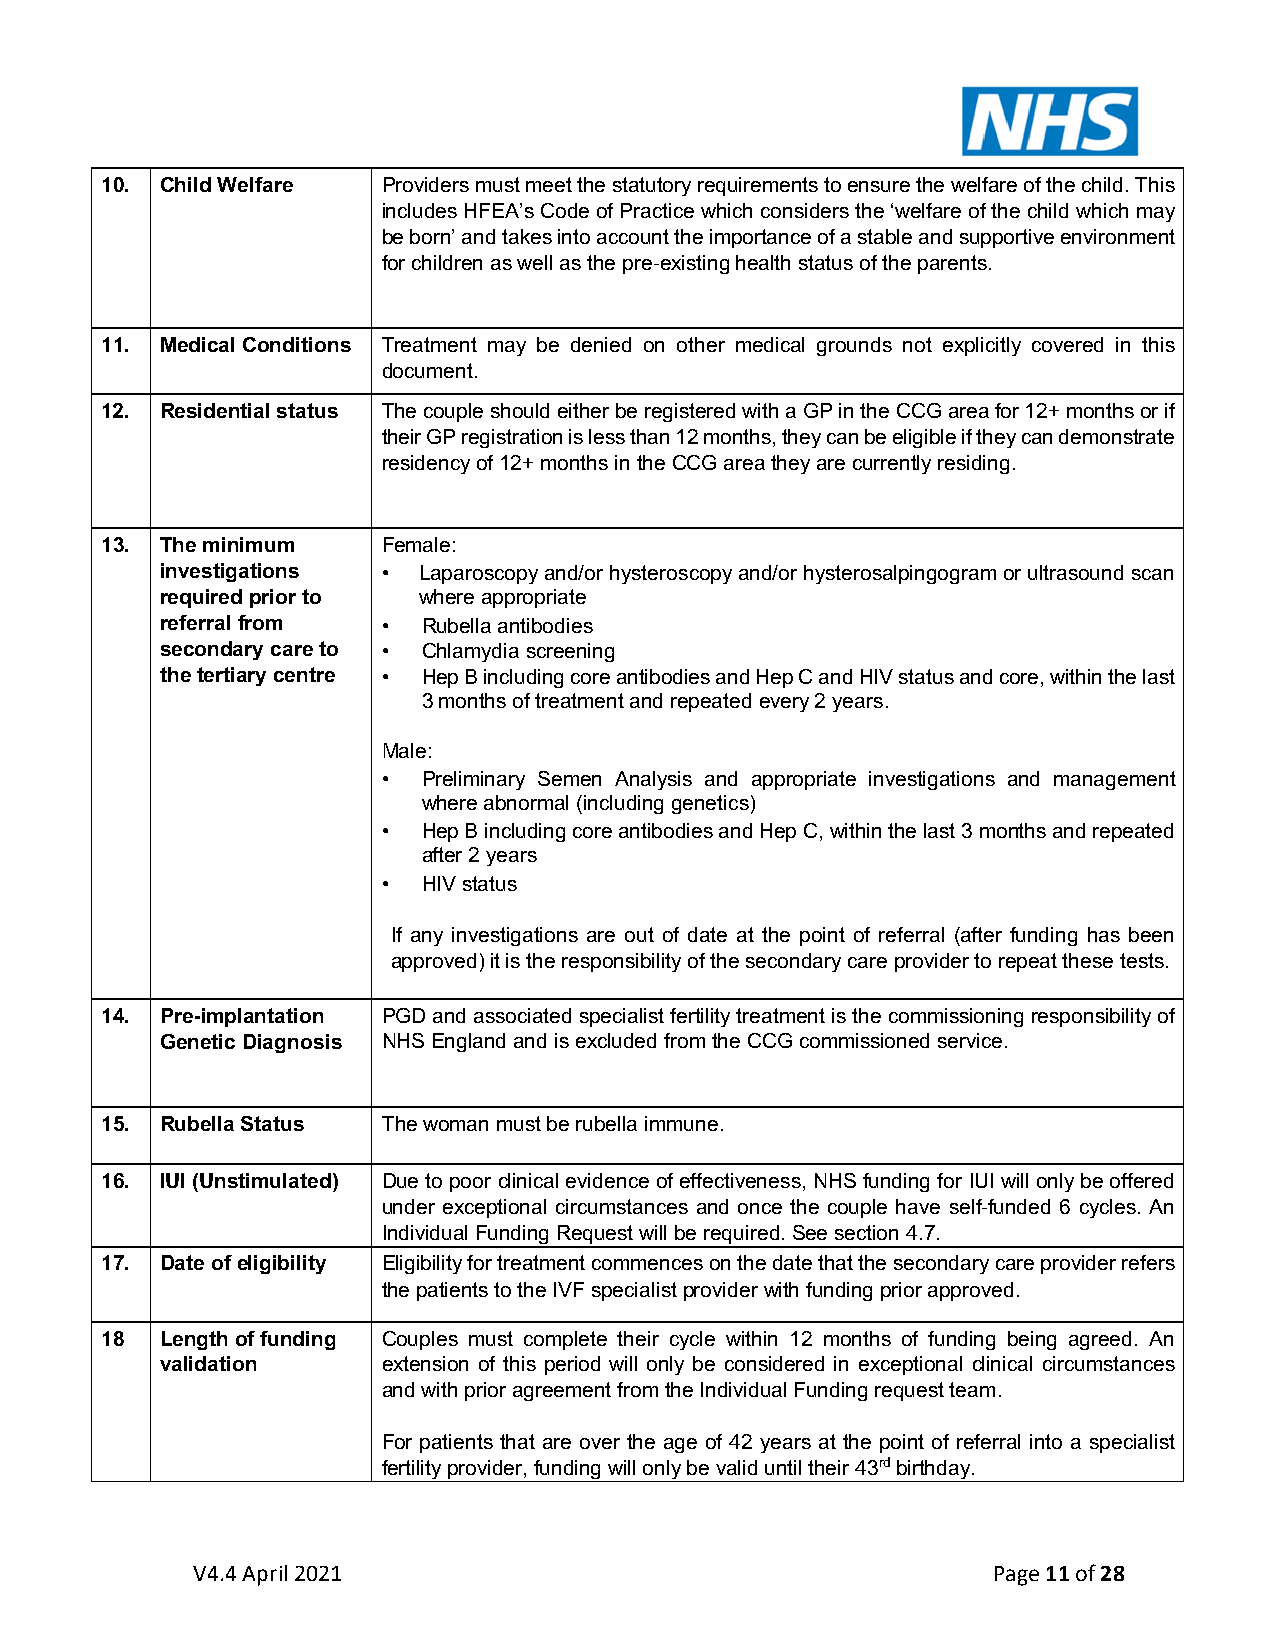
10. Child Welfare Providers must meet the statutory requirements to ensure the welfare of the child. This
 includes HFEA’s Code of Practice which considers the ‘welfare of the child which may
 be born’ and takes into account the importance of a stable and supportive environment
 for children as well as the pre-existing health status of the parents.
 11. Medical Conditions Treatment may be denied on other medical grounds not explicitly covered in this
 document.
 12. Residential status The couple should either be registered with a GP in the CCG area for 12+ months or if
 their GP registration is less than 12 months, they can be eligible if they can demonstrate
 residency of 12+ months in the CCG area they are currently residing.
 13. The minimum   Female:
 investigations • Laparoscopy and/or hysteroscopy and/or hysterosalpingogram or ultrasound scan
 required prior to where appropriate
 referral from •  Rubella antibodies
 secondary care to • Chlamydia screening
 the tertiary centre • Hep B including core antibodies and Hep C and HIV status and core, within the last
 3 months of treatment and repeated every 2 years.
 Male:
 •  Preliminary Semen Analysis and appropriate investigations and management
 where abnormal (including genetics)
 •  Hep B including core antibodies and Hep C, within the last 3 months and repeated
 after 2 years
 •  HIV status
 If any investigations are out of date at the point of referral (after funding has been
 approved) it is the responsibility of the secondary care provider to repeat these tests.
 14. Pre-implantation PGD and associated specialist fertility treatment is the commissioning responsibility of
 Genetic Diagnosis NHS England and is excluded from the CCG commissioned service.
 15. Rubella Status The woman must be rubella immune.
 16. IUI (Unstimulated) Due to poor clinical evidence of effectiveness, NHS funding for IUI will only be offered
 under exceptional circumstances and once the couple have self-funded 6 cycles. An
 Individual Funding Request will be required. See section 4.7.
 17. Date of eligibility Eligibility for treatment commences on the date that the secondary care provider refers
 the patients to the IVF specialist provider with funding prior approved.
 18  Length of funding Couples must complete their cycle within 12 months of funding being agreed. An
 validation    extension of this period will only be considered in exceptional clinical circumstances
 and with prior agreement from the Individual Funding request team.
 For patients that are over the age of 42 years at the point of referral into a specialist
 fertility provider, funding will only be valid until their 43rd birthday.
 V4.4 April 2021                                      Page 11 of 28